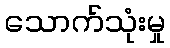
သောက်သုံးမှု